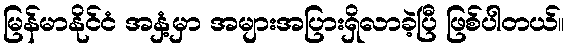
မြန်မာနိုင်ငံ အနှံ့မှာ အများအပြားရှိလာခဲ့ပြီ ဖြစ်ပါတယ်။